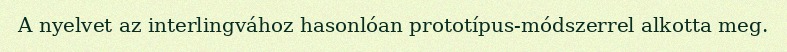
A nyelvet az interlingvához hasonlóan prototípus-módszerrel alkotta meg.